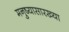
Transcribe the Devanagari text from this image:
मनुष्यासारख्या